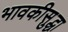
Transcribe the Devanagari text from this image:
भावकीसुद्धा